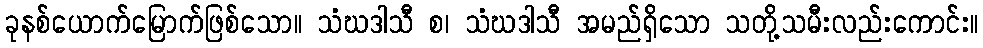
ခုနစ်ယောက်မြောက်ဖြစ်သော။ သံဃဒါသီ စ၊ သံဃဒါသီ အမည်ရှိသော သတို့သမီးလည်းကောင်း။